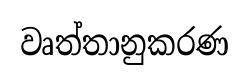
වෘත්තානුකරණ